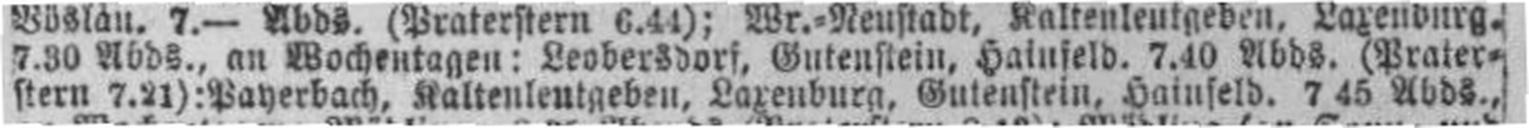
stern 7.21): Payerbach, Kaltenleutgeben, Laxenburg, Gutenstein, Hainfeld. 7 45 Abds.,